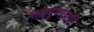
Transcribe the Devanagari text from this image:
महापुण्यप्राप्ति